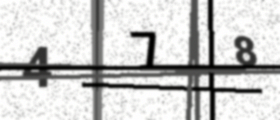
Text: 478